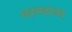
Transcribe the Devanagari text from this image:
अहमदाबद